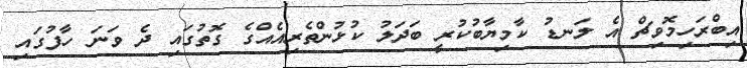
އިބްރަހިމޮވިޗް އެ ލަނޑު ކާމިޔާބުކުރީ ބަދަލު ކުޅުންތެރިއެއްގެ ގޮތުގައި ދެ ވަނަ ހާފުގައި